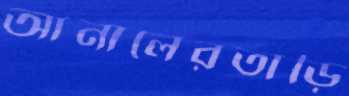
আনালেরতাড়ি